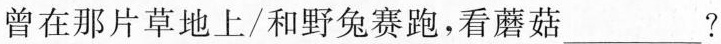
曾在那片草地上/和野兔赛跑，看蘑菇___?